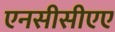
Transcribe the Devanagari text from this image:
एनसीसीएए